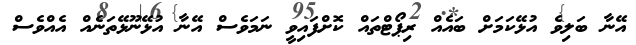
އޭނާ ބަލިވެ އުޅޭކަމަށް ބައެއް ރިޕޯޓްތައް ކޮށްފައިވީ ނަމަވެސް އޭނާ އުޅޭނޫޅޭތަނެއް އެއްވެސް